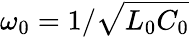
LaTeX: \omega_{0}=1/\sqrt{L_{0}C_{0}}